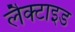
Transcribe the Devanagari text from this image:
लैक्टाइड